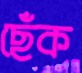
ছেঁক